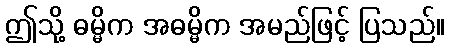
ဤသို့ ဓမ္မိက အဓမ္မိက အမည်ဖြင့် ပြသည်။